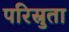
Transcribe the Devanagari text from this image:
परिस्रुता